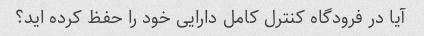
آیا در فرودگاه کنترل کامل دارایی خود را حفظ کرده اید؟